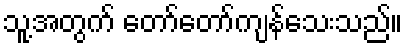
သူ့အတွက် တော်တော်ကျန်သေးသည်။